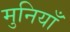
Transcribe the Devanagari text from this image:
मुनियाँ